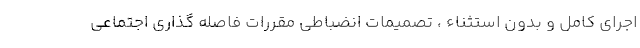
اجرای کامل و بدون استثناء ، تصمیمات انضباطی مقررات فاصله گذاری اجتماعی